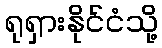
ရုရှားနိုင်ငံသို့